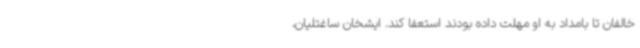
خالفان تا بامداد به او مهلت داده بودند استعفا کند. ایشخان ساغتلیان،